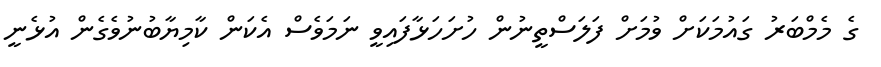
ގެ މެމްބަރު ގައުމަކަށް ވުމަށް ފަލަސްތީނުން ހުށަހަޅާފައިވީ ނަމަވެސް އެކަން ކާމިޔާބުނުވެގެން އުޅެނީ